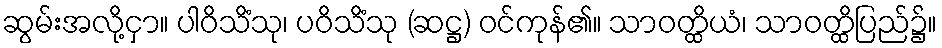
ဆွမ်းအလို့ငှာ။ ပါဝိသိံသု၊ ပဝိသိံသု (ဆဋ္ဌ) ဝင်ကုန်၏။ သာဝတ္ထိယံ၊ သာဝတ္ထိပြည်၌။